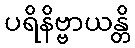
ပရိနိဗ္ဗာယန္တိ